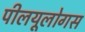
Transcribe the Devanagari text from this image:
पीलयूलोगस